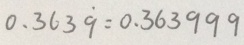
0 . 3 6 3 \dot { 9 } = 0 . 3 6 3 9 9 9